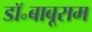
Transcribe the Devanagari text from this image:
डॉ॰बाबूराम